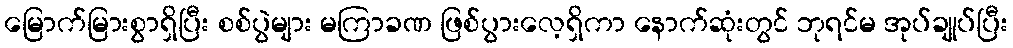
မြောက်မြားစွာရှိပြီး စစ်ပွဲများ မကြာခဏ ဖြစ်ပွားလေ့ရှိကာ နောက်ဆုံးတွင် ဘုရင်မ အုပ်ချုပ်ပြီး